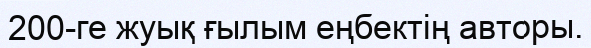
200-ге жуық ғылым еңбектің авторы.